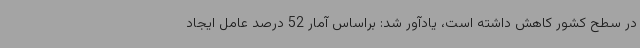
در سطح کشور کاهش داشته است، یادآور شد: براساس آمار 52 درصد عامل ایجاد